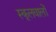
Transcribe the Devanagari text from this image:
स्कूलवालों